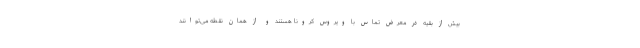
بیش از بقیه در معرض تماس با ویروس کرونا هستند و از همان نقطه می‌توانند